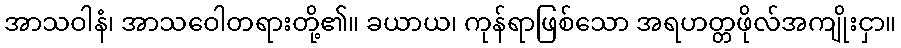
အာသဝါနံ၊ အာသဝေါတရားတို့၏။ ခယာယ၊ ကုန်ရာဖြစ်သော အရဟတ္တဖိုလ်အကျိုးငှာ။